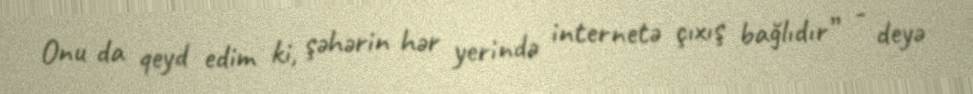
Onu da qeyd edim ki, şəhərin hər yerində internetə çıxış bağlıdır” - deyə